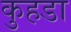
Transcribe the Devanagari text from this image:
कुहडा